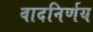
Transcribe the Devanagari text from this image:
वादनिर्णय